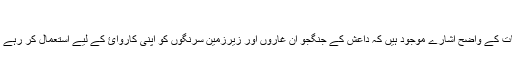
​
اس بات کے واضح اشارے موجود ہيں کہ داعش کے جنگجو ان غاروں اور زيرزمين سرنگوں کو اپنی کاروائ کے ليے استعمال کر رہے تھے۔